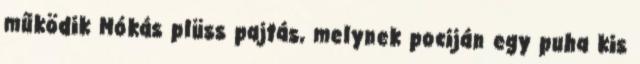
működik Mókás plüss pajtás, melynek pociján egy puha kis